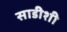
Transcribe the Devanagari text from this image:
साडीशी